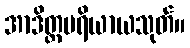
အာဒိတ္တပရိယာယသုတ်။